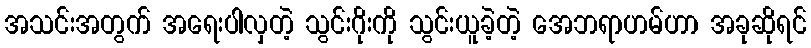
အသင်းအတွက် အရေးပါလှတဲ့ သွင်းဂိုးကို သွင်းယူခဲ့တဲ့ အေဘရာဟမ်ဟာ အခုဆိုရင်